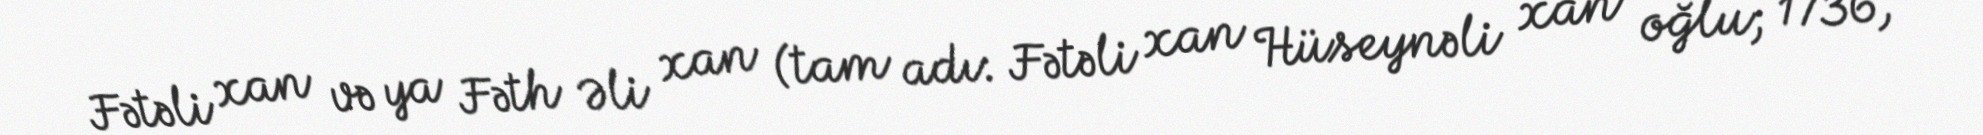
Fətəli xan və ya Fəth Əli xan (tam adı: Fətəli xan Hüseynəli xan oğlu; 1736,